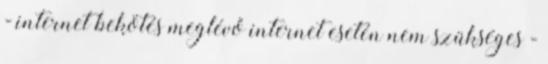
- internet bekötés meglévő internet esetén nem szükséges -